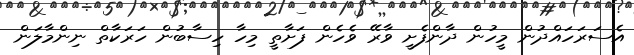
އެސަރަހައްދުން މީހުން ދާންފެށީ ވާރޭ ވެހެން ފަށާތީ މިހާ ހިސާބުުން ހަރަކާތް ނިންމާލަން